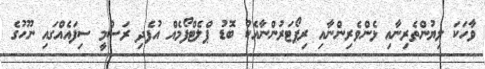
ވާހަކަ ލިޔުންތެރިނާއި ޅެންވެރިންނާއި ރިޕޯޓަރުންނާއެކު ބޮޑު ޕްލެޓްފޯމެއް އުފެދި ރަސްމީ ސިފައެއްގައި ނޫހުގެ